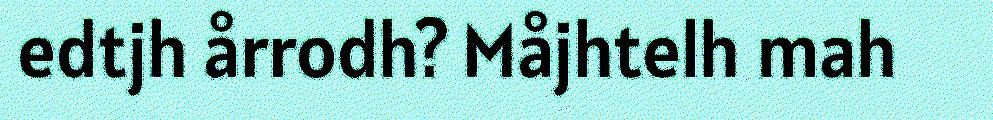
edtjh årrodh? Måjhtelh mah